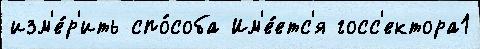
изм'е́р'ить спо́соба Им'е́етс'я госс'ектора1